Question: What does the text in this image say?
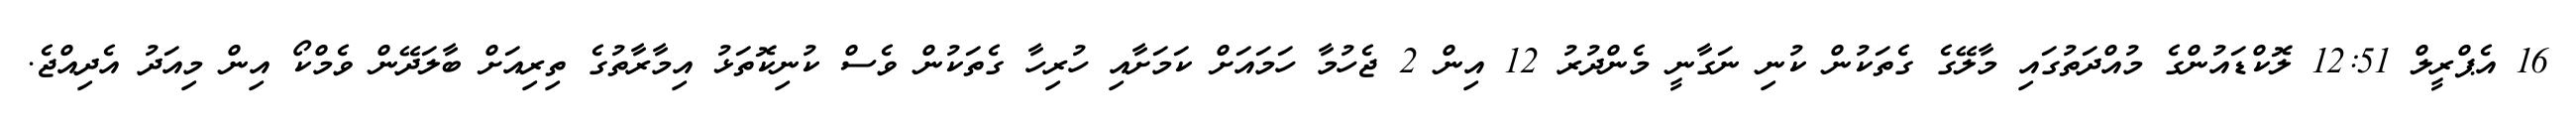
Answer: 16 އެޕްރީލް 12:51 ލޮކްޑައުންގެ މުއްދަތުގައި މާލޭގެ ގެތަކުން ކުނި ނަގާނީ މެންދުރު 12 އިން 2 ޖެހުމާ ހަމައަށް ކަމަށާއި ހުރިހާ ގެތަކުން ވެސް ކުނިކޮތަޅު އިމާރާތުގެ ތިރިއަށް ބާލަދޭން ވެމްކޯ އިން މިއަދު އެދިއްޖެ.